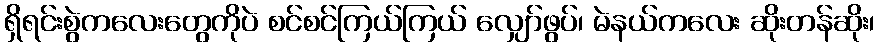
ရှိရင်းစွဲကလေးတွေကိုပဲ စင်စင်ကြယ်ကြယ် လျှော်ဖွပ်၊ မဲနယ်ကလေး ဆိုးတန်ဆိုး၊